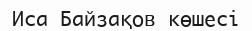
Иса Байзақов көшесі